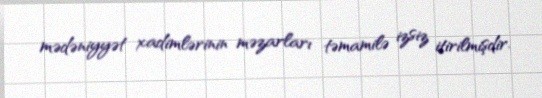
mədəniyyət xadimlərinin məzarları təmamilə izsiz itirilmişdir.